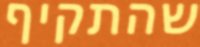
שהתקיף